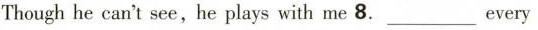
Though he can't see，he plays with me 8.___every